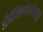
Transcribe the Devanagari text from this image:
अॅनॅक्झिमेनीसपुढे